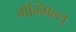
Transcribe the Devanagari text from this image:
गेम्मिल्ल्